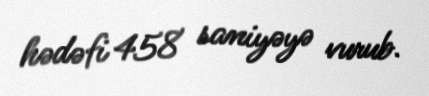
hədəfi 458 saniyəyə vurub.